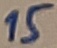
Text: 15